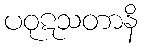
ပဝုဋသတာနိ